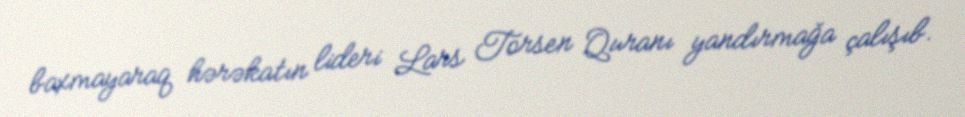
baxmayaraq hərəkatın lideri Lars Torsen Quranı yandırmağa çalışıb.